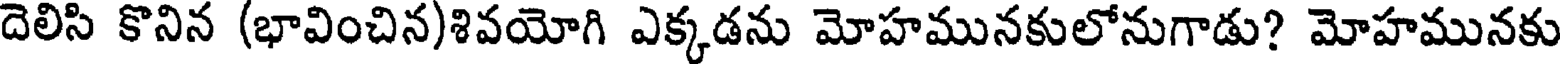
దెలిసి కొనిన (భావించిన)శివయోగి ఎక్కడను మోహమునకులోనుగాడు? మోహమునకు